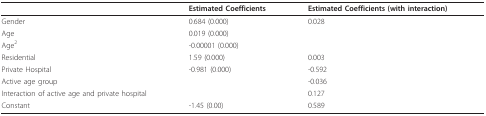
<table><thead><tr><td></td><td><b>Estimated Coefficients</b></td><td><b>Estimated Coefficients (with interaction)</b></td></tr></thead><tbody><tr><td>Gender</td><td>0.684 (0.000)</td><td>0.028</td></tr><tr><td>Age</td><td>0.019 (0.000)</td><td></td></tr><tr><td>Age<sup>2</sup></td><td>-0.00001 (0.000)</td><td></td></tr><tr><td>Residential</td><td>1.59 (0.000)</td><td>0.003</td></tr><tr><td>Private Hospital</td><td>-0.981 (0.000)</td><td>-0.592</td></tr><tr><td>Active age group</td><td></td><td>-0.036</td></tr><tr><td>Interaction of active age and private hospital</td><td></td><td>0.127</td></tr><tr><td>Constant</td><td>-1.45 (0.00)</td><td>0.589</td></tr></tbody></table>